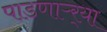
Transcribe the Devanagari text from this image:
पाडणाऱ्र्‍या